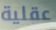
عقلية